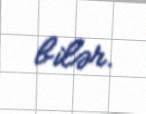
bilər.